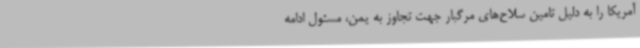
آمریکا را به دلیل تامین سلاح‌های مرگبار جهت تجاوز به یمن، مسئول ادامه